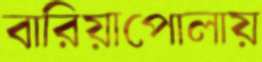
বারিয়াপোলায়